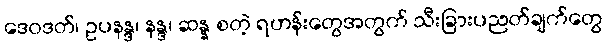
ဒေဝဒတ်၊ ဥပနန္ဒ၊ နန္ဒ၊ ဆန္န စတဲ့ ရဟန်းတွေအတွက် သီးခြားပညတ်ချက်တွေ